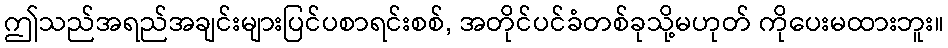
ဤသည်အရည်အချင်းများပြင်ပစာရင်းစစ်, အတိုင်ပင်ခံတစ်ခုသို့မဟုတ် ကိုပေးမထားဘူး။